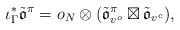
LaTeX: \begin{align*}\iota_\Gamma^*\tilde{\mathfrak{o}}^\pi = o_N\otimes (\tilde{\mathfrak{o}}^\pi_{v^o}\boxtimes \tilde{\mathfrak{o}}_{v^c}),\end{align*}